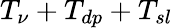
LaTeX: T_{\nu}+T_{dp}+T_{sl}